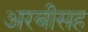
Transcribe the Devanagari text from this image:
अरबीसह